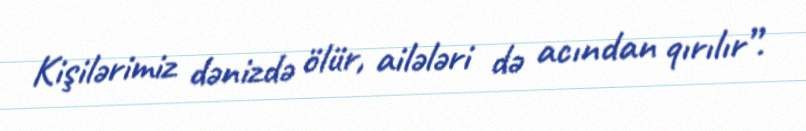
Kişilərimiz dənizdə ölür, ailələri də acından qırılır”.